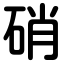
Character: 硝